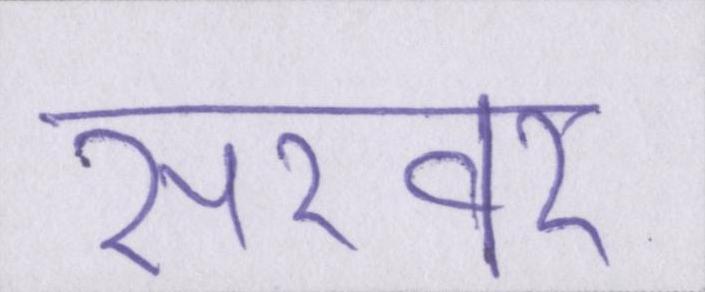
सरवर